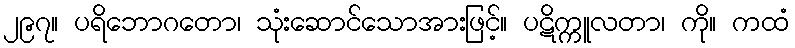
၂၉၇။ ပရိဘောဂတော၊ သုံးဆောင်သောအားဖြင့်။ ပဋိက္ကူလတာ၊ ကို။ ကထံ